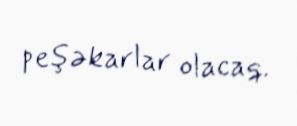
peşəkarlar olacaq.